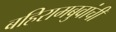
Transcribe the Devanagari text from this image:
बहिरामबुवांची